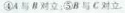
④A 与 B 对立；⑤B 与 C 对立。